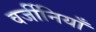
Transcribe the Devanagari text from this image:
वर्जीनियाँ